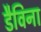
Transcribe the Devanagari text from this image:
डैविना